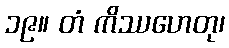
၁၉။ တံ ကိဿဟေတု၊